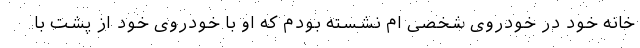
خانه خود در خودروی شخصی ام نشسته بودم که او با خودروی خود از پشت با